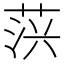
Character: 𦲍